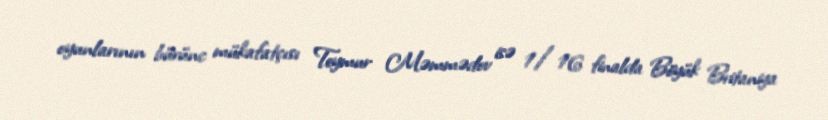
oyunlarının bürünc mükafatçısı Teymur Məmmədov isə 1/16 finalda Böyük Britaniya